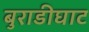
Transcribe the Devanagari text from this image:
बुराडीघाट